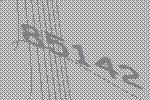
85142